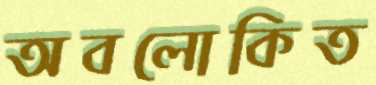
অবলোকিত